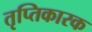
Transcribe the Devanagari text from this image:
तृप्तिकारक